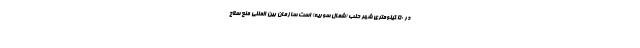
در 50 کیلومتری شهر حلب (شمال سوريه) است سازمان بین المللی منع سلاح